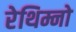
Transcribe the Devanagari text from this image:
रेथिम्नो